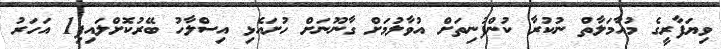
ވިޔަފާރީގެ މުއާމަލާތް ނުކުރާ ކުންފުނިތަށް އުވާލުމަށް ގާނޫނަށް ހުށައެޅި އިސްލާހު ބޭރުކޮށްލައިފި1 އަހަރު